Sketch of the medical history of the native army of Bombay, for the year
Year: 1876
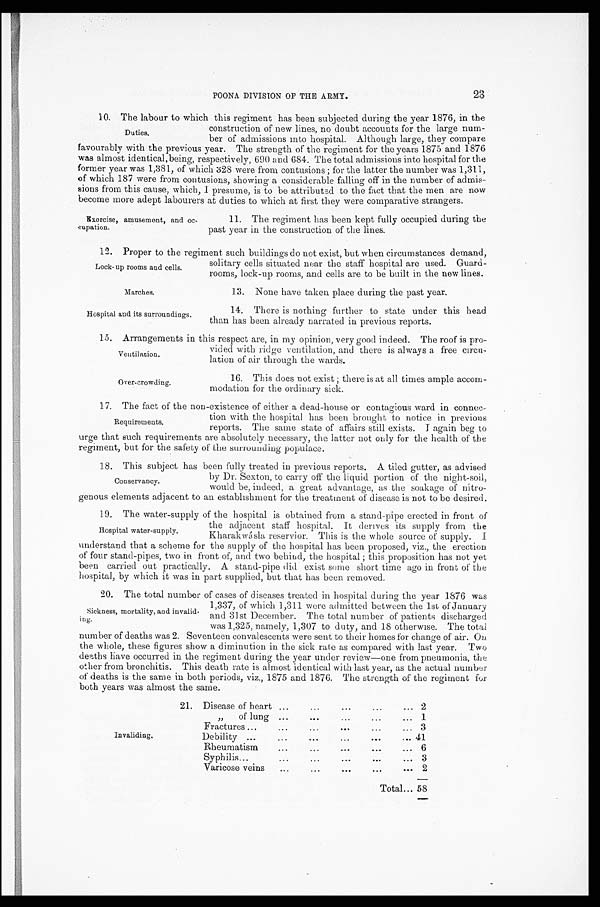
Duties.
favourably with the previous year. The strength of the regiment for the years 1875 and 1876
was almost identical, being, respectively, 690 and 684. The total admissions into hospital for the
former year was 1,381, of which 328 were from contusions ; for the latter the number was 1,311,
of which 187 were from contusions, showing a considerable falling off in the number of admis-
sions from this cause, which, I presume, is to be attributed to the fact that the men are now
become more adept labourers at duties to which at first they were comparative strangers.
construction of new lines, no doubt accounts for the large num
-ber of dmissions into hospital. Although large, they compare
Lock-up rooms and cells.
Marches.
Hospital and its surroundings.
23
POONA DIVISION OF THE ARMY.
10. The labour to which this regiment has been subjected during the year 1876, in the
Exercise, amusement, and oc-
cupation.
11. The regiment has been kept fully occupied during the
past year in the construction of the lines.
12. Proper to the regiment such buildings do not exist, but when circumstances demand,
solitary cells situated near the staff hospital are used. Guard
rooms, lock-up rooms, and cells are to be built in the new lines.
13. None have taken place during the past year.
14. There is nothing further to state under this head
than has been already narrated in previous reports.
15. Arrangements in this respect are, in my opinion, very good indeed. The roof is pro-
vided with ridge ventilation, and there is always a free ciru-
lation of air through the wards.
Ventilation.
Over-crowding.
16. This does not exist ; there is at all times ample accom-
modation for the ordinary sick.
17. The fact of the non-existence of either a dead-house or contagious ward in connec-
tion with the hospital has been brought to notice in previous
reports. The same state of affairs still exists. I again beg to
urge that such requirements are absolutely necessary, the latter not only for the health of the
regiment, but for the safety of the surrounding populace.
18. This subject has been fully treated in previous reports. A tiled gutter, as advised
by Dr. Sexton, to carry off the liquid portion of the night-soil,
would be, indeed, a great advantage, as the soakage of nitro-
genous elements adjacent to an establishment for the treatment of disease is not to be desired.
19. The water-supply of the hospital is obtained from a stand-pipe erected in front of
the adjacent staff hospital. It derives its supply from the
Kharakwásla reservior. This is the whole source of supply. I
understand that a scheme for the supply of the hospital has been proposed, viz., the erection
of four stand-pipes, two in front of, and two behind, the hospital ; this proposition has not yet
been carried out practically. A stand-pipe did exist some short time ago in front of the
hospital, by which it was in part supplied, but that has been removed.
20. The total number of cases of diseases treated in hospital during the year 1.876 was
Requirements.
Conservancy.
Hospital water-supply.
Sickness, mortality, and invalid-
ing.
1,337, of which 1,311 were admitted between the 1st of January
and 31st December. The total number of patients discharged
was 1,325, namely, 1,307 to duty, and 18 otherwise. The total
number of deaths was 2. Seventeen convalescents were sent to their homes for change of air. On
the whole, these figures show a diminution in the sick rate as compared with last year. Two
deaths have occurred in the regiment during the year under review—one from pneumonia, the
other from bronchitis. This death rate is almost identical with last year, as the actual number
of deaths is the same in both periods, viz., 1875 and 1876. The strength of the regiment for
both years was almost the same.
Invaliding.
21. Disease of heart . . .
. . .
. . .
. . .
. . . 2
, , o f l u n g . .
. . .
. . .
. . . . . . 1
Fractures ...
. . .
. . .
. . .
. . .
. . . 3
Debility ...
. . .
. . .
. . .
. . .
. . . 41
Rheumatism
. . .
. . .
. . .
. . .
. . . 6
Syphilis...
. . .
. . .
. . .
. . .
. . . 3
Varicose veins . . .
. . .
. . .
. . .
. . . 2
Total... 58